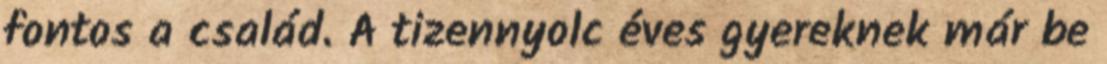
fontos a család. A tizennyolc éves gyereknek már be